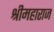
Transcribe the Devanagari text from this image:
श्रीमहाराज